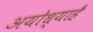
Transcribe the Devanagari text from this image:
अयोध्याहै